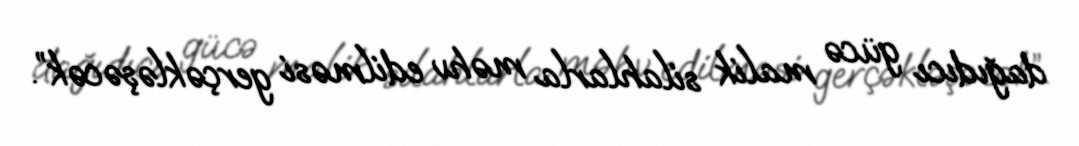
dağıdıcı gücə malik silahlarla məhv edilməsi gerçəkləşəcək”.